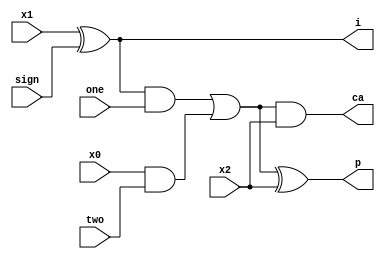
module product(x1,x0,x2,one,two,sign,p,i,ca);
input x1,x0,x2,sign,one,two;
output p,i,ca;
wire [2:0] k;
xor xo1(i,x1,sign);
and a1(k[1],i,one);
and a0(k[0],x0,two);
or o0(k[2],k[1],k[0]);
xor xo2(p,k[2],x2);
and a2(ca,k[2],x2);
endmodule